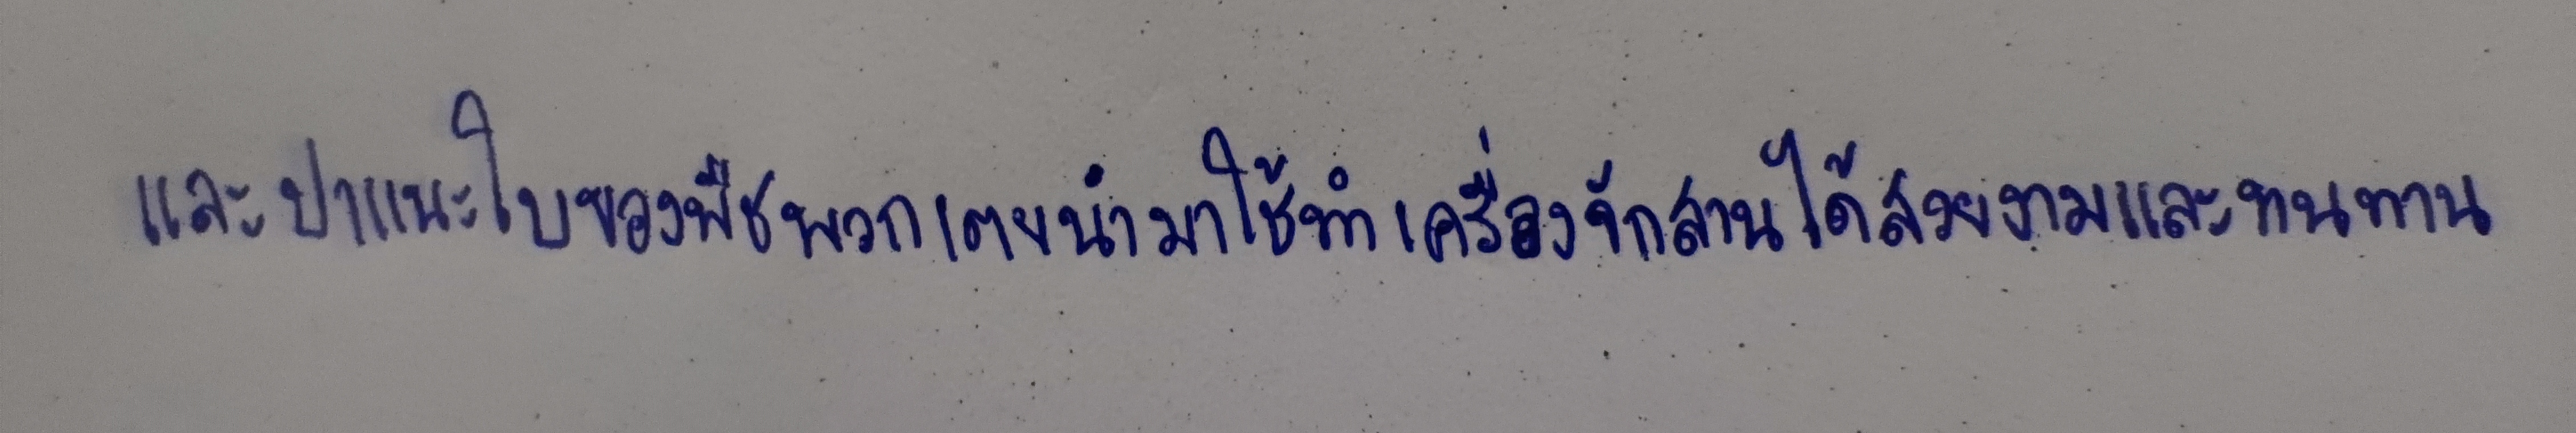
และปาแนะใบของพืชพวกเตยนำมาใช้ทำเครื่องจักสานได้สวยงามและทนทาน